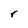
Character: r